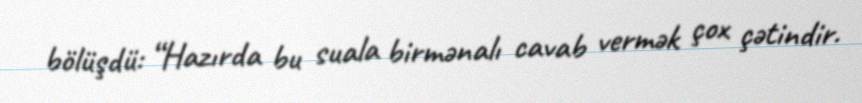
bölüşdü: “Hazırda bu suala birmənalı cavab vermək çox çətindir.